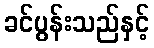
ခင်ပွန်းသည်နှင့်